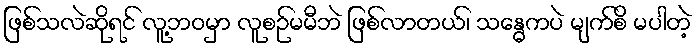
ဖြစ်သလဲဆိုရင် လူ့ဘဝမှာ လူစဉ်မမီဘဲ ဖြစ်လာတယ်၊ သန္ဓေကပဲ မျက်စိ မပါတဲ့